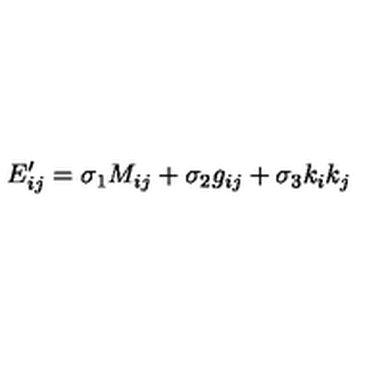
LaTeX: E _ { i j } ^ { \prime } = \sigma _ { 1 } M _ { i j } + \sigma _ { 2 } g _ { i j } + \sigma _ { 3 } k _ { i } k _ { j }